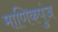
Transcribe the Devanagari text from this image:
माणिकपुंज